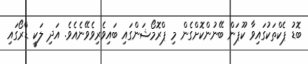
ބޮޑު ޕެކްތަކުގައިވާ ކޫޕަން ބޭނުންކޮށްގެން މި ޕްރޮމޯޝަންގައި ބައިވެރިވެވޭނެއެވެ. އަދި ލަކީ ޑްރޯގައި